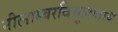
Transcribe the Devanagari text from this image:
नीलाम्बरविभूशणाय